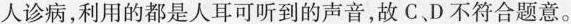
人诊病，利用的都是人耳可听到的声音，故C.D不符合题意。